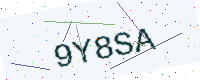
Text: 9Y8SA